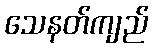
သေနတ်ကျည်